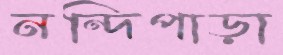
নন্দিপাড়া